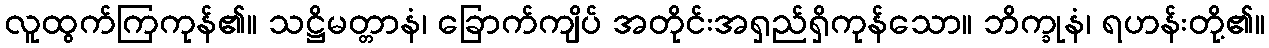
လူထွက်ကြကုန်၏။ သဋ္ဌိမတ္တာနံ၊ ခြောက်ကျိပ် အတိုင်းအရှည်ရှိကုန်သော။ ဘိက္ခုနံ၊ ရဟန်းတို့၏။